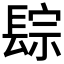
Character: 𨲇